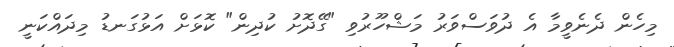
މިހެން ދެނެވީމާ އެ ދުވަސްވަރު މަޝްހޫރުވި "ގޭދޮށު ކުދިން" ކޮޅަށް އަޅުގަނޑު މިދައްކަނީ